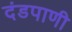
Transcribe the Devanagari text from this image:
दंडपाणी